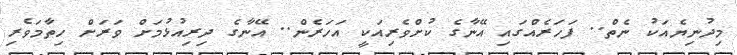
މިދުނިޔެއަކު ނެތް.. ފަހަރެއްގައި އޭނާގެ ކުށްވެރިއަކީ އަހަރެން.. އޭނާގެ ދިރިއުޅުމަށް ވަރަށް ހިތާމަވެރި